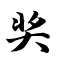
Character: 奖